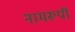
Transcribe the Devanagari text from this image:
नामरूपी